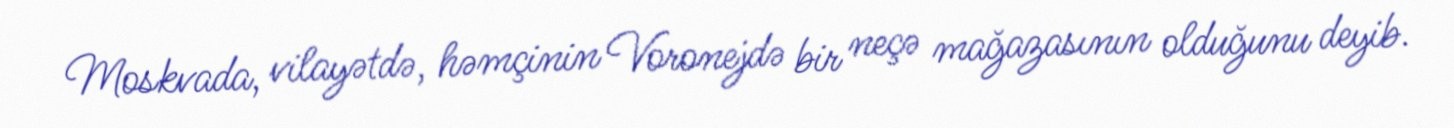
Moskvada, vilayətdə, həmçinin Voronejdə bir neçə mağazasının olduğunu deyib.